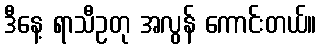
ဒီနေ့ ရာသီဥတု အလွန် ကောင်းတယ်။